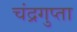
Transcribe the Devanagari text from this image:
चंद्रगुप्ता